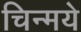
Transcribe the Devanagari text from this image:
चिन्मये